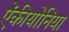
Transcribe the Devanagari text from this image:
ऐंकीयोनिया